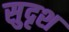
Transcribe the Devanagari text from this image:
सुदृश